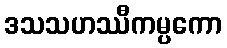
ဒသသဟဿီကမ္ပကော